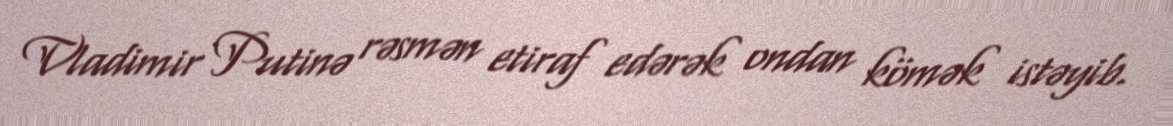
Vladimir Putinə rəsmən etiraf edərək ondan kömək istəyib.